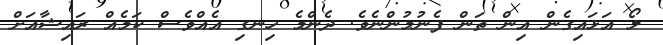
ލޯ އަޅައިގެން އިން ތަން ފެނުމުންނެވެ. ދެންމެ ހިނގި އެއްވެސް ކަމެއް ރައިޝާއަށް